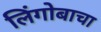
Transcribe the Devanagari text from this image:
लिंगोबाचा